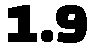
1.9